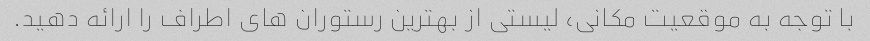
با توجه به موقعیت مکانی، لیستی از بهترین رستوران های اطراف را ارائه دهید.